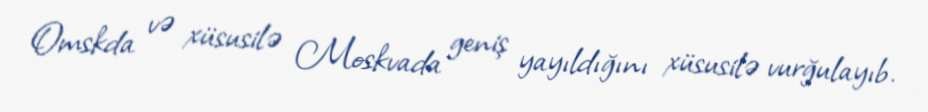
Omskda və xüsusilə Moskvada geniş yayıldığını xüsusilə vurğulayıb.